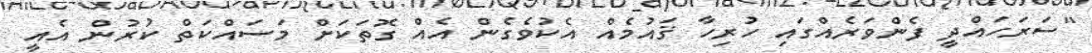
"ސަރަހައްދީ ފެންވަރެއްގައި ހުރިހާ ޤައުމެއް އެކުވެގެން އެއް ގޮތަކަށް މަސައްކަތް ކުރުން އެއީ